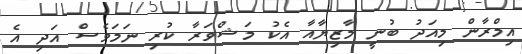
އިމްރާން މިއަދު ބުނީ މާޒިޔާއާ އެކު މަޝްވަރާ ކުރި ނަމަވެސް އަދި އެ